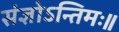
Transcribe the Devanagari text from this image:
संज्ञोऽन्तिमः॥